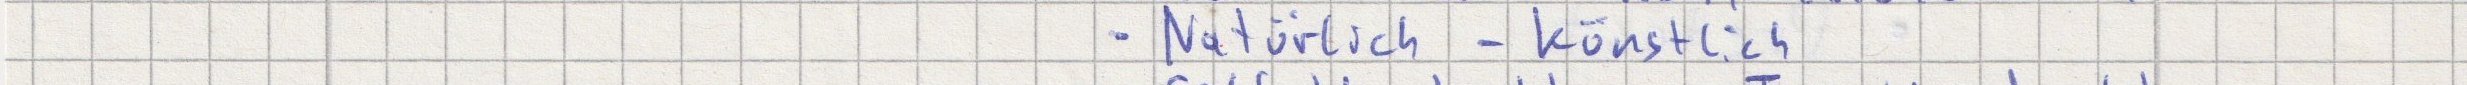
- Natürlich  - künstlich